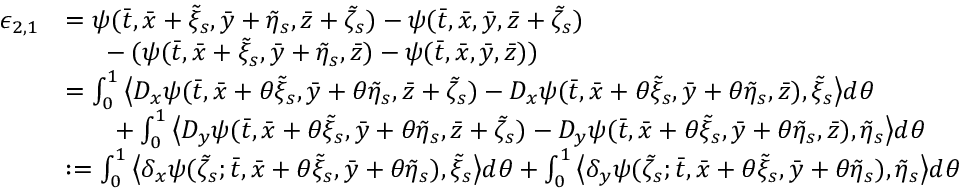
\begin{array} { r l } { \epsilon _ { 2 , 1 } } & { = \psi ( \bar { t } , \bar { x } + \tilde { \xi } _ { s } , \bar { y } + \tilde { \eta } _ { s } , \bar { z } + \tilde { \zeta } _ { s } ) - \psi ( \bar { t } , \bar { x } , \bar { y } , \bar { z } + \tilde { \zeta } _ { s } ) } \\ & { \mathrm { ~ \ ~ \ } - ( \psi ( \bar { t } , \bar { x } + \tilde { \xi } _ { s } , \bar { y } + \tilde { \eta } _ { s } , \bar { z } ) - \psi ( \bar { t } , \bar { x } , \bar { y } , \bar { z } ) ) } \\ & { = \int _ { 0 } ^ { 1 } \big \langle D _ { x } \psi ( \bar { t } , \bar { x } + \theta \tilde { \xi } _ { s } , \bar { y } + \theta \tilde { \eta } _ { s } , \bar { z } + \tilde { \zeta } _ { s } ) - D _ { x } \psi ( \bar { t } , \bar { x } + \theta \tilde { \xi } _ { s } , \bar { y } + \theta \tilde { \eta } _ { s } , \bar { z } ) , \tilde { \xi } _ { s } \big \rangle d \theta } \\ & { \mathrm { \ ~ \ ~ \ } + \int _ { 0 } ^ { 1 } \big \langle D _ { y } \psi ( \bar { t } , \bar { x } + \theta \tilde { \xi } _ { s } , \bar { y } + \theta \tilde { \eta } _ { s } , \bar { z } + \tilde { \zeta } _ { s } ) - D _ { y } \psi ( \bar { t } , \bar { x } + \theta \tilde { \xi } _ { s } , \bar { y } + \theta \tilde { \eta } _ { s } , \bar { z } ) , \tilde { \eta } _ { s } \big \rangle d \theta } \\ & { : = \int _ { 0 } ^ { 1 } \big \langle \delta _ { x } \psi ( \tilde { \zeta } _ { s } ; \bar { t } , \bar { x } + \theta \tilde { \xi } _ { s } , \bar { y } + \theta \tilde { \eta } _ { s } ) , \tilde { \xi } _ { s } \big \rangle d \theta + \int _ { 0 } ^ { 1 } \big \langle \delta _ { y } \psi ( \tilde { \zeta } _ { s } ; \bar { t } , \bar { x } + \theta \tilde { \xi } _ { s } , \bar { y } + \theta \tilde { \eta } _ { s } ) , \tilde { \eta } _ { s } \big \rangle d \theta } \end{array}